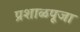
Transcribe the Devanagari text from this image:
प्रशाळपूजा